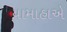
યામાહાએ